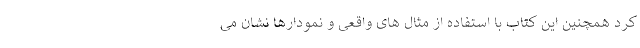
کرد همچنین این کتاب با استفاده از مثال های واقعی و نمودارها نشان می